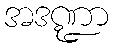
အဒဏ္ဍာ